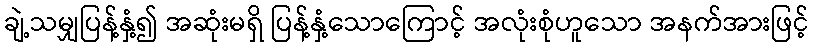
ချဲ့သမျှပြန့်နှံ့၍ အဆုံးမရှိ ပြန့်နှံ့သောကြောင့် အလုံးစုံဟူသော အနက်အားဖြင့်